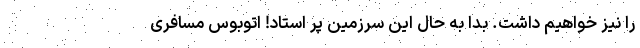
را نیز خواهیم داشت. بدا به حال این سرزمین پر استاد! اتوبوس مسافری